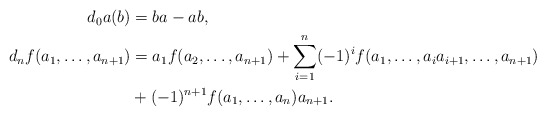
\begin{align*}\begin{aligned}d_0a(b) &= ba - ab, \\d_nf(a_1, \dots, a_{n+1}) &= a_1f(a_2, \dots, a_{n+1}) + \sum_{i =1}^n (-1)^i f(a_1, \dots, a_ia_{i+1}, \dots, a_{n+1}) \\& + (-1)^{n+1}f(a_1, \dots,a_n)a_{n+1}.\end{aligned}\end{align*}